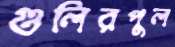
গুলিরপুল